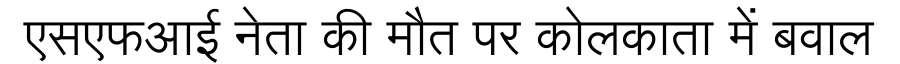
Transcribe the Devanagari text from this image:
एसएफआई नेता की मौत पर कोलकाता में बवाल